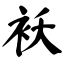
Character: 袄